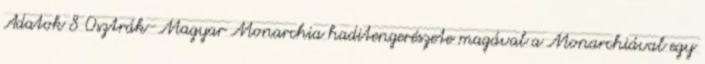
Adatok 8 Osztrák–Magyar Monarchia haditengerészete magával a Monarchiával egy